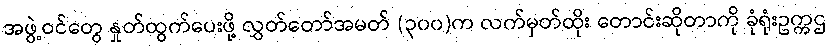
အဖွဲ့ဝင်တွေ နှုတ်ထွက်ပေးဖို့ လွှတ်တော်အမတ် (၃၀၀)က လက်မှတ်ထိုး တောင်းဆိုတာကို ခုံရုံးဥက္ကဌ